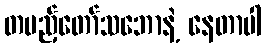
တပည့်တော်သဘောနဲ့ နေတာပါ